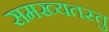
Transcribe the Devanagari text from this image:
समख्यतस्तु